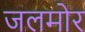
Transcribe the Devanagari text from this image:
जलमोर